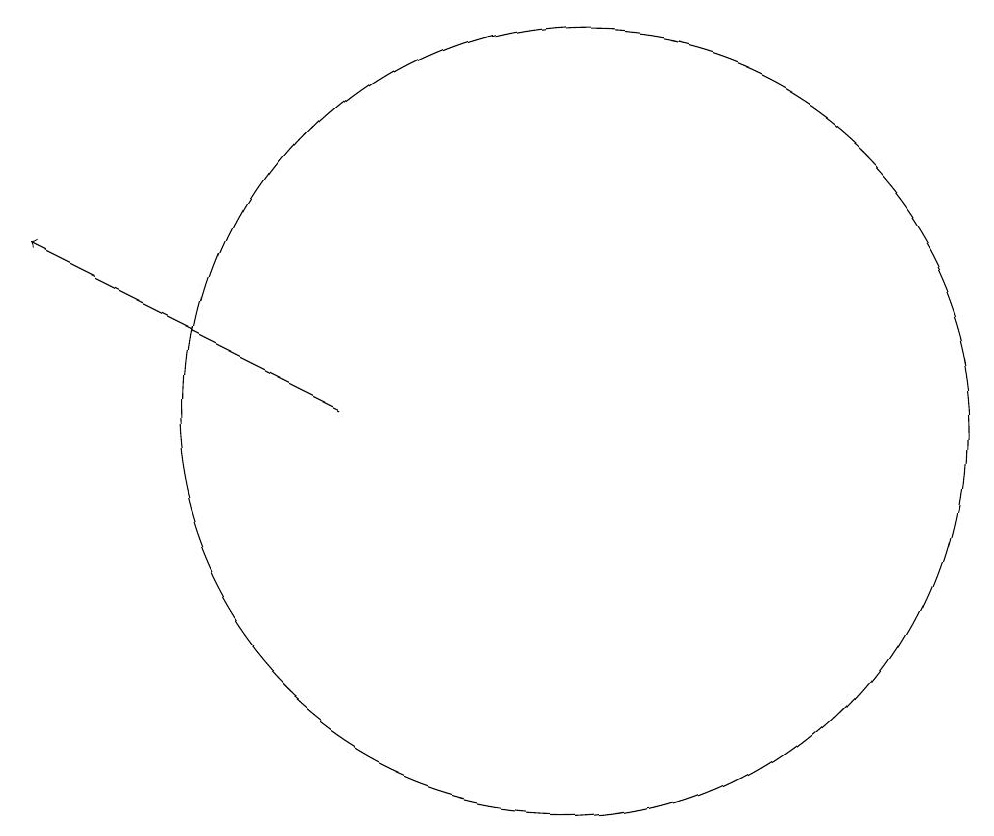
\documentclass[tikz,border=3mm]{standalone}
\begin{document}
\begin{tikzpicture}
\draw (12,12) circle (0);
\draw (11,12) circle (0);
\draw[->] (7,10) -- (3,12);
\draw (10,10) circle (5);
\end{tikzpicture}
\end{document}